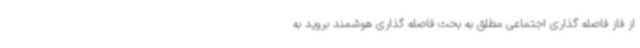
از فاز فاصله گذاری اجتماعی مطلق به بحث فاصله گذاری هوشمند بروید به